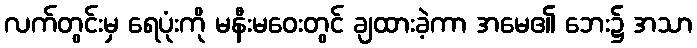
လက်တွင်းမှ ရေပုံးကို မနီးမဝေးတွင် ချထားခဲ့ကာ အမေ၏ ဘေး၌ အသာ